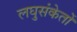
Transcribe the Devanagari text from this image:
लघुसंकेतों